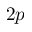
2 p